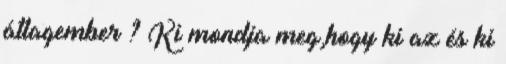
átlagember ? Ki mondja meg,hogy ki az és ki